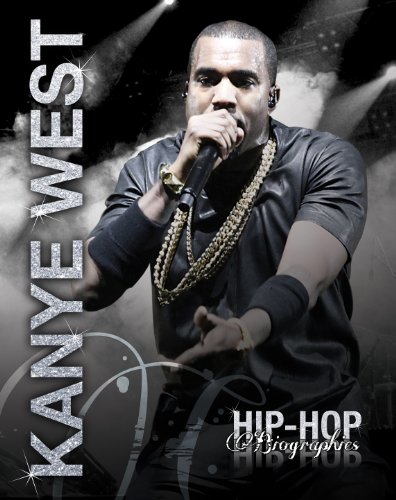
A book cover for Kanye West (Hip-Hop Biographies); Saddleback Educational Publishing; Teen & Young Adult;